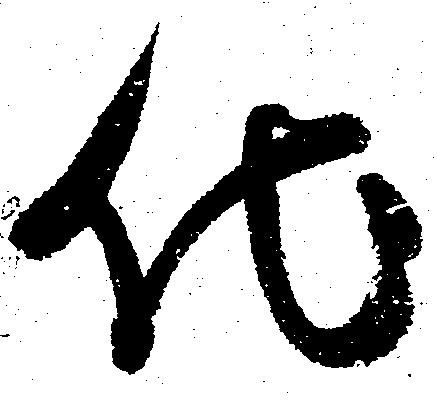
他